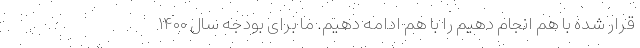
قرار شده با هم انجام دهیم را با هم ادامه دهیم. ما برای بودجه سال ۱۴۰۰